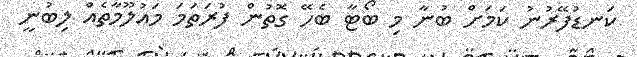
ކަނޑުފޭރުނު ކަމަށް ބުނާ މި ބޯޓާ ބެހޭ ގޮތުން ފުރަތަމަ މައުލޫމާތެއް ލިބުނީ